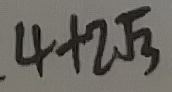
4 + 2 \sqrt { 3 }